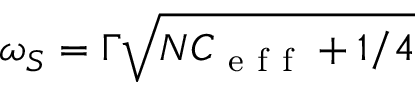
\omega _ { S } = \Gamma \sqrt { N C _ { \mathrm { ~ e ~ f ~ f ~ } } + 1 / 4 }